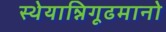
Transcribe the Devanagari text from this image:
स्थेयान्निगूढमानो